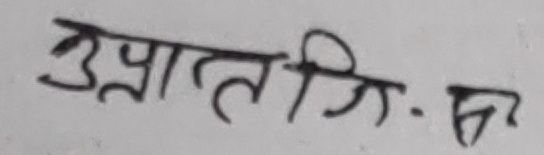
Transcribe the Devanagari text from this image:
उत्पति - झ